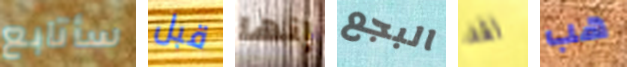
سأتابع قبل إنها البجع لقد هب